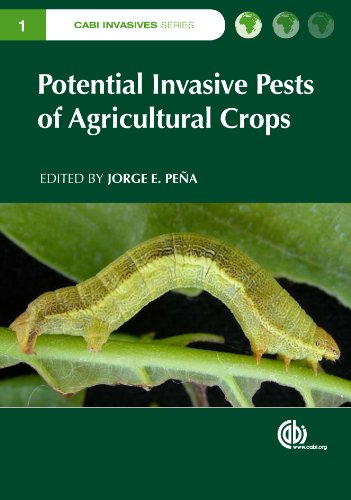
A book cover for Potential Invasive Pests of Agricultural Crops (CABI Invasives Series); Science & Math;